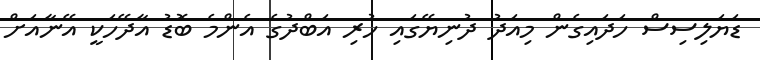
ޑަޔަލިސިސް ހަދައިގެން މިއަދު ދުނިޔޭގައި ހުރި އަބްދުގެ އެންމެ ބޮޑު އާދޭހަކީ އޭނާއަށް